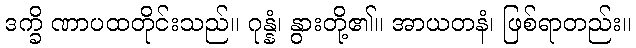
ဒက္ခိ ဏာပထတိုင်းသည်။ ဂုန္နံ၊ နွားတို့၏။ အာယတနံ၊ ဖြစ်ရာတည်း။